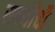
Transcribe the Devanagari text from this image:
सवयीची